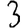
Digit: 3